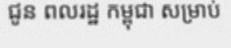
ជូន ពលរដ្ឋ កម្ពុជា សម្រាប់